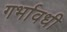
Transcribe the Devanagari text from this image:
गर्भावधी